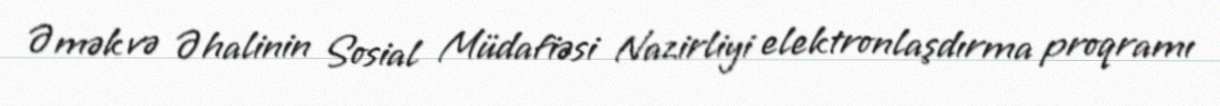
Əmək və Əhalinin Sosial Müdafiəsi Nazirliyi elektronlaşdırma proqramı